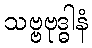
သဗ္ဗဗုဒ္ဓါနံ